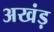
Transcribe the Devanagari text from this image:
अखंड़